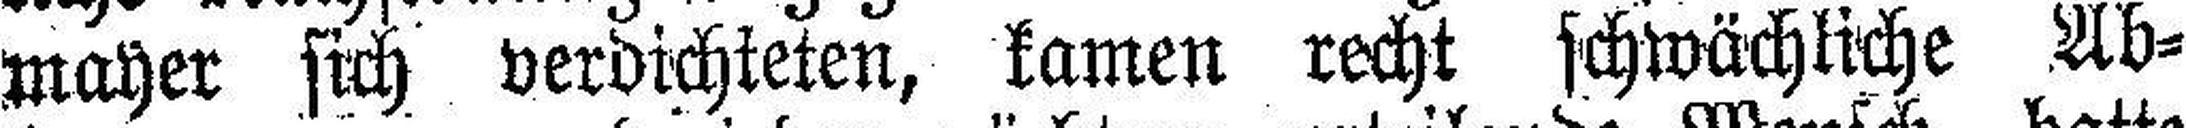
mayer sich verdichteten, kamen recht schwächliche Ab¬